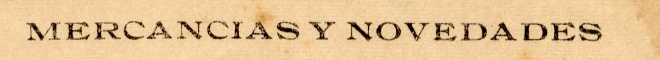
MERCANCIAS Y NOVEDADES